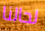
لحالنا